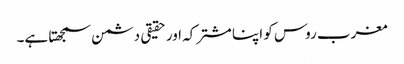
مغرب روس کو اپنا مشترکہ اور حقیقی دشمن سمجھتا ہے۔